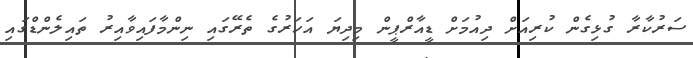
ސަރުކާރާ ގުޅިގެން ކުރިއަށް ދިއުމަށް ޑީއާރްޕީން މިދިޔަ އަހަރުގެ ތެރޭގައި ނިންމާފައިވާއިރު ތައިލެންޑްގައި